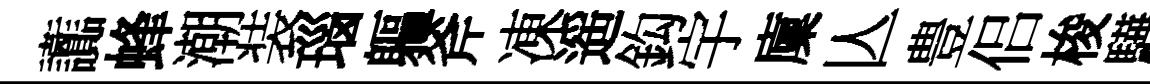
讟蜂潮装瑙軀斧凍遥鈎宇廩亾豊侣梭驊